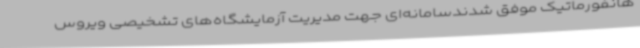
هانفورماتیک موفق شدندسامانه‌ای جهت مدیریت آزمایشگاه‌های تشخیصی ویروس